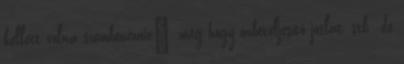
kellett volna szembenéznie”, meg hogy önbeteljesítő jóslat, stb., de